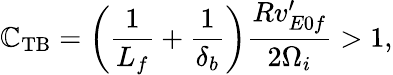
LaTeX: \mathbb{C}_{\mathrm{{TB}}}=\left(\frac{{1}}{{L_{f}}}+\frac{{1}}{{\delta_{b}}}\right)\frac{{Rv_{E0f}^{\prime}}}{{2\Omega_{i}}}>1,